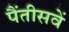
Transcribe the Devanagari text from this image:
पैंतीसवें